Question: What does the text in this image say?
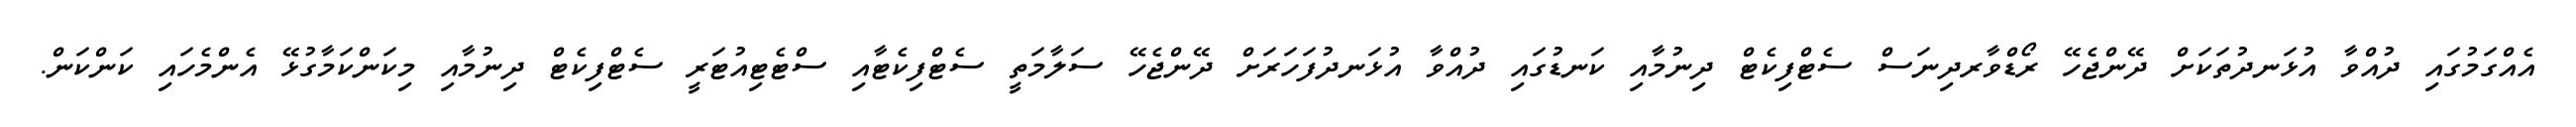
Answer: އެއްގަމުގައި ދުއްވާ އުޅަނދުތަކަށް ދޭންޖެހޭ ރޯޑްވާރދިނަސް ސެޓްފިކެޓް ދިނުމާއި ކަނޑުގައި ދުއްވާ އުޅަނދުފަހަރަށް ދޭންޖެހޭ ސަލާމަތީ ސެޓްފިކެޓާއި ސްޓެޓިއުޓަރީ ސެޓްފިކެޓް ދިނުމާއި މިކަންކަމާގުޅޭ އެންމެހައި ކަންކަން.